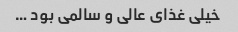
خیلی غذای عالی و سالمی بود …